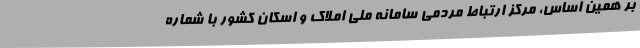
بر همین اساس، مرکز ارتباط مردمی سامانه ملی املاک و اسکان کشور با شماره